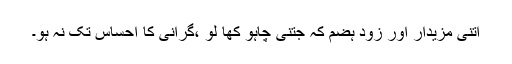
اتنی مزیدار اور زود ہضم کہ جتنی چاہو کھا لو ،گرانی کا احساس تک نہ ہو۔